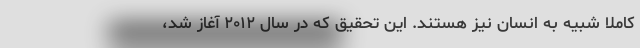
کاملاً شبیه به انسان نیز هستند. این تحقیق که در سال ۲۰۱۲ آغاز شد،